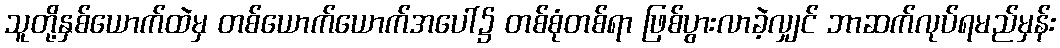
သူတို့နှစ်ယောက်ထဲမှ တစ်ယောက်ယောက်အပေါ်၌ တစ်စုံတစ်ရာ ဖြစ်ပွားလာခဲ့လျှင် ဘာဆက်လုပ်ရမည်မှန်း